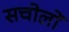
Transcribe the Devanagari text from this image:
सचोलों